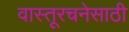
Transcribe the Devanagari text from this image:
वास्तूरचनेसाठी